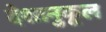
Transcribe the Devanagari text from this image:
देशानुकूल